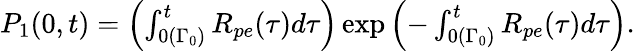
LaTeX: \begin{array}{r}{P_{1}(0,t)=\Bigl(\int_{0(\Gamma_{0})}^{t}R_{pe}(\tau)d\tau\Bigr)\exp{\Bigl(-\int_{0(\Gamma_{0})}^{t}R_{pe}(\tau)d\tau\Bigr)}.}\end{array}